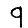
Digit: 9